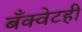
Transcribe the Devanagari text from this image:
बँक्वेटही